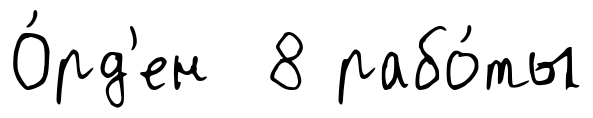
О́рд'ен 8 рабо́ты